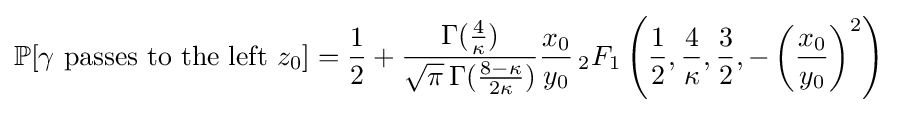
\mathbb {P} [\gamma {\text{ passes to the left }}z_{0}]={\frac {1}{2}}+{\frac {\Gamma ({\frac {4}{\kappa }})}{{\sqrt {\pi }}\,\Gamma ({\frac {8-\kappa }{2\kappa }})}}{\frac {x_{0}}{y_{0}}}\,_{2}F_{1}\left({\frac {1}{2}},{\frac {4}{\kappa }},{\frac {3}{2}},-\left({\frac {x_{0}}{y_{0}}}\right)^{2}\right)